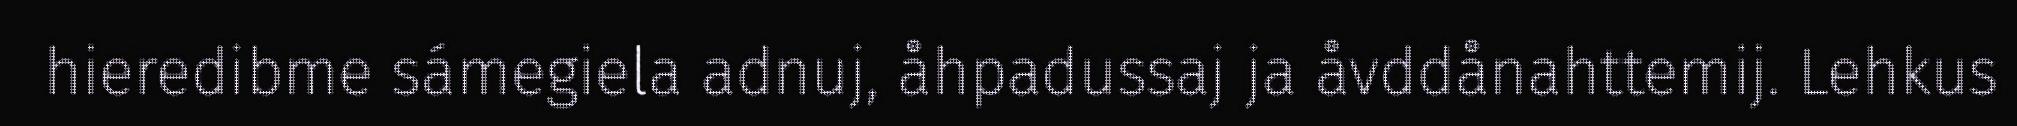
hieredibme sámegiela adnuj, åhpadussaj ja åvddånahttemij. Lehkus